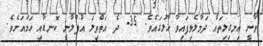
ވާނީ އިނގިލިތައް ދަމާލެވިފައިވާ ހާލުގައެވެ. 35- ދެ އަތްތިލަ އުފުލާނީ ކޮނޑާއި ހަމައަށެވެ.